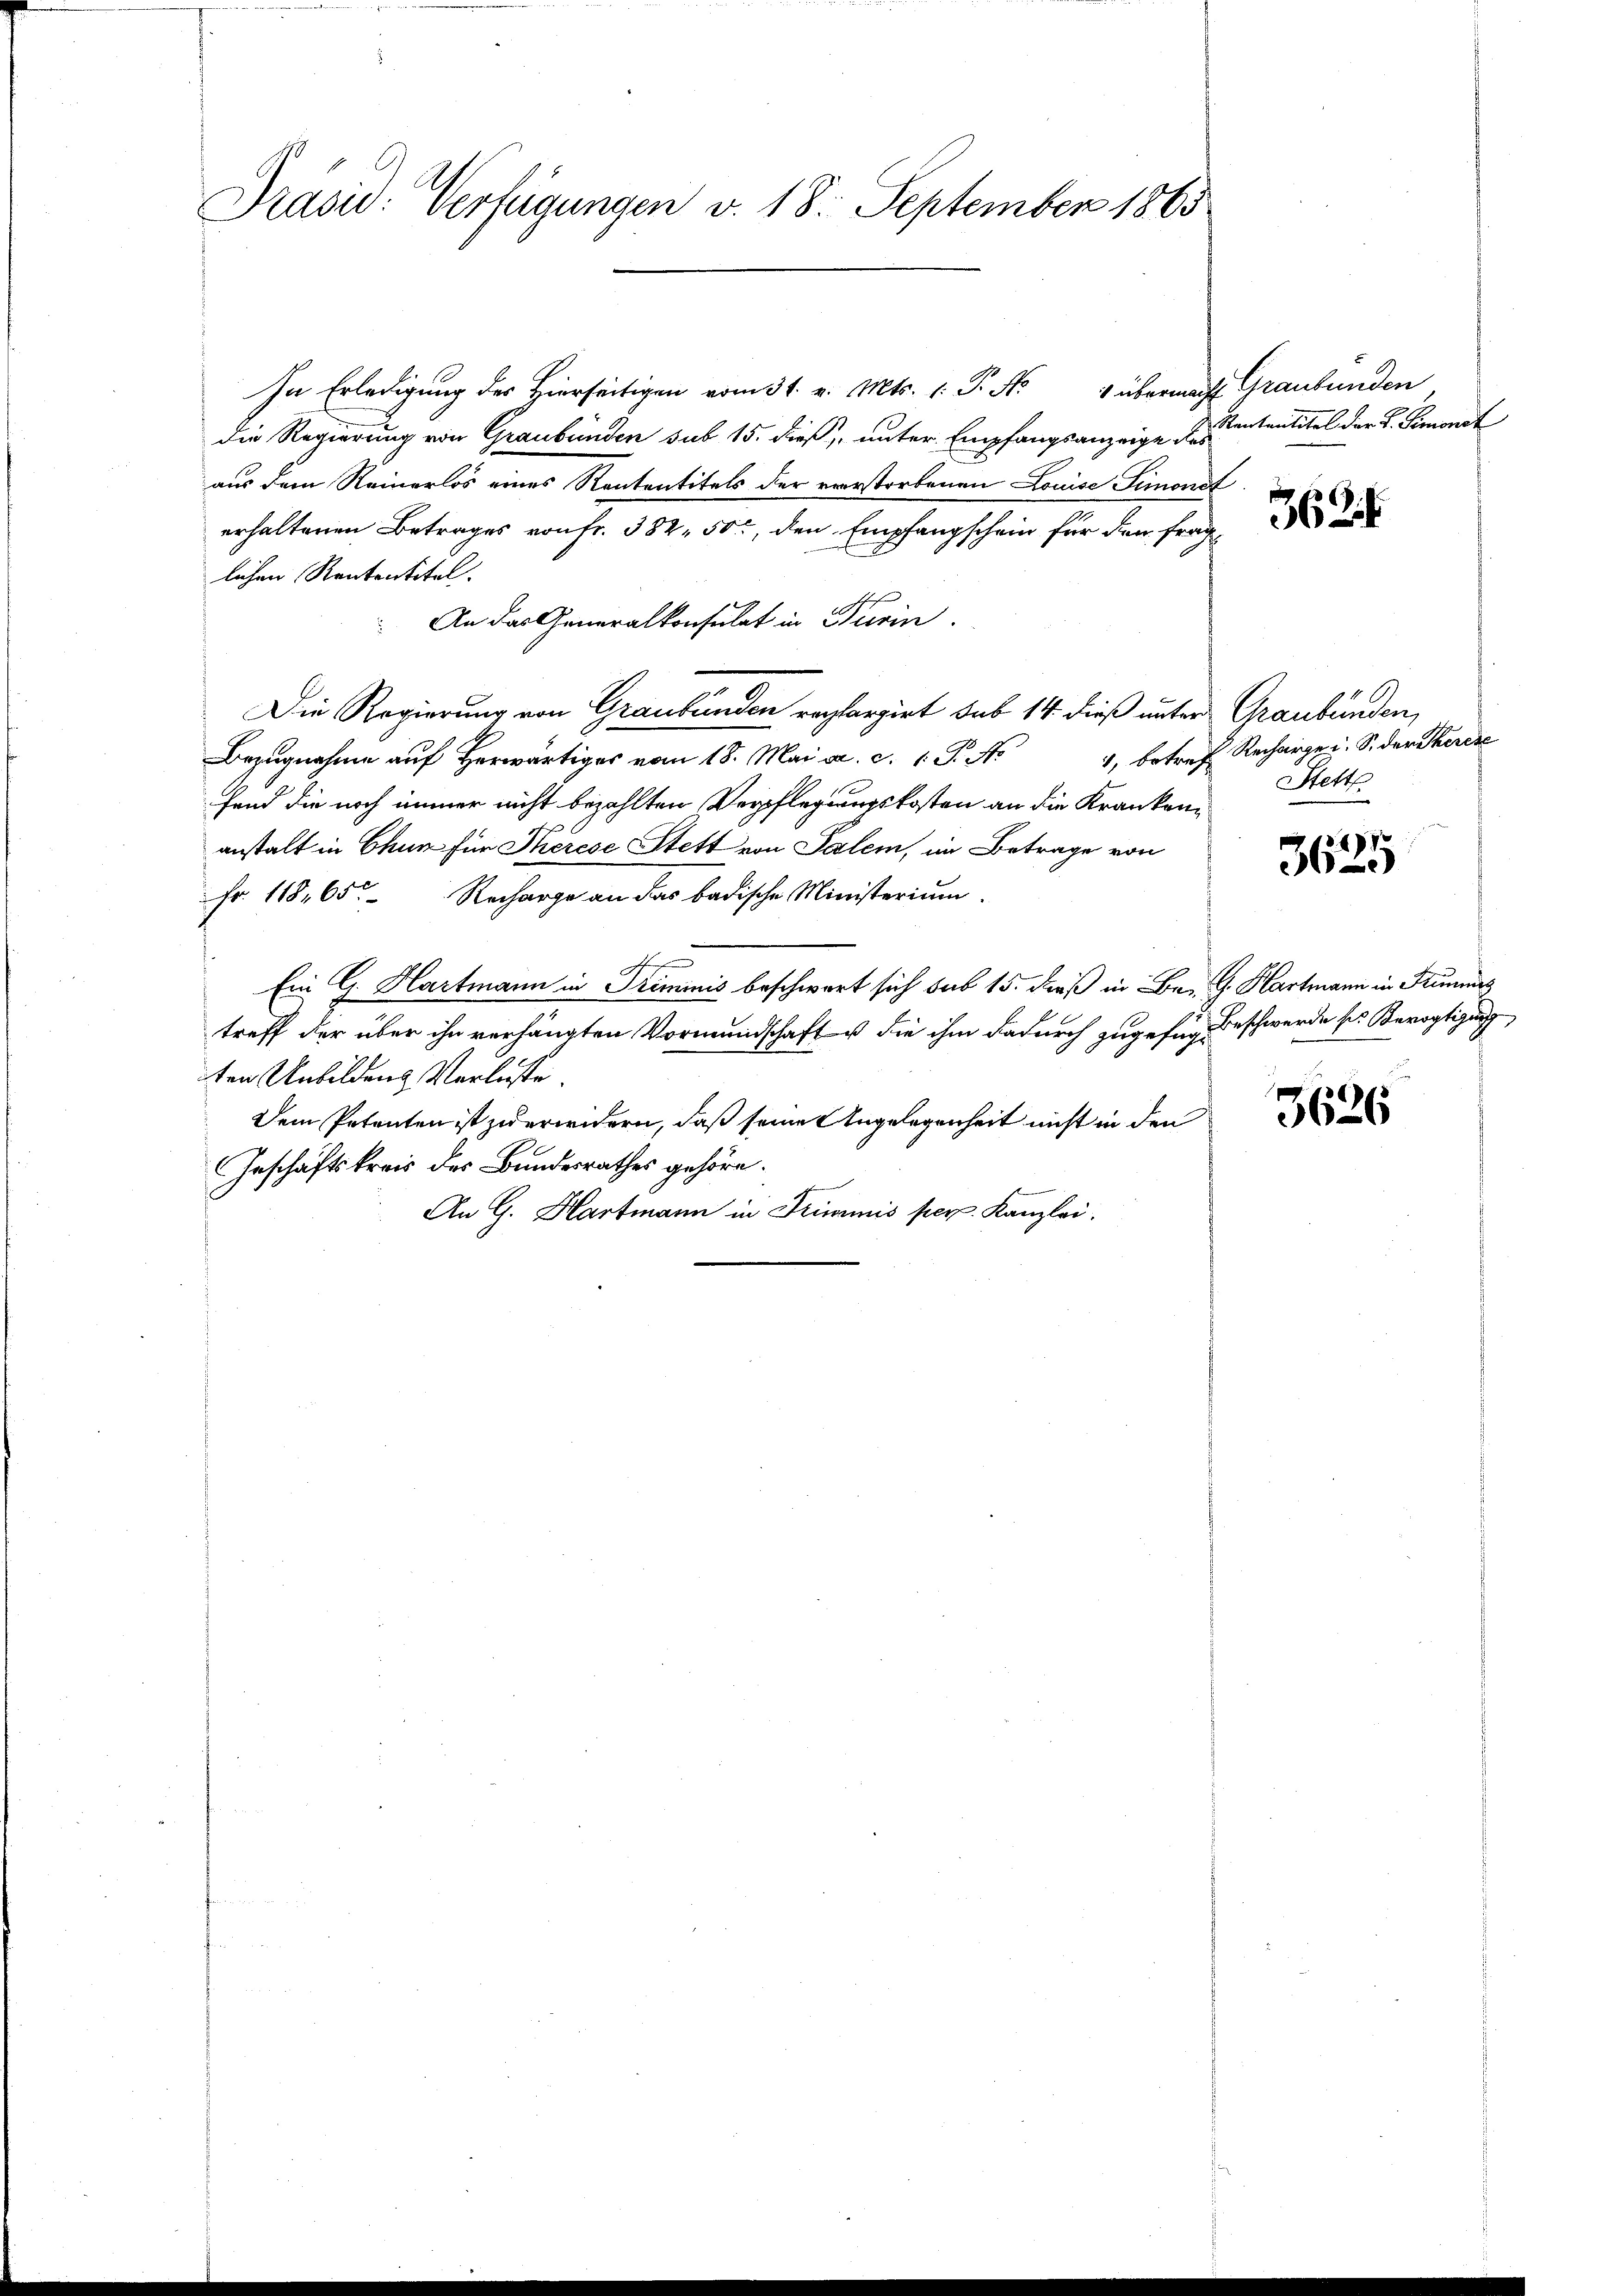
Präsid: Verfügungen v. 18. September 1865

In Erledigung des Hierseitigen vom 31. v. Mts. 1. P. Nr. 1 übermacht Graubünden
die Regierung von Graubünden sub 15. dieß, unter Empfangsanzeige des
aus dem Reinerlos eines Rententitels der verstorbenen Louise Simonat
erhaltenen Betrages von fr. 382. 50, den Empfangschein für den fraglichen Rententitel.
 An das Generalkonsulat in Turin
Die Regierung von Graubünden reclargirt sub 14 dieß unter Graubünden,
Bezugnahme auf herwärtiges vom 18. Mai a. c. 1. P. Nr.
1, betreff
fend die noch immer nicht bezahlten Verpflegungskosten an die Krankenanstalt in Chun für Therese Stett von Salem, im Betrage von
Fr. 118. 65. Recharge an das badische Ministerium.
Ein G. Hartmann in Triminis beschwart sich das 15. Daß in B. G. Hartmann in Stimmers
treff der über ihn verhängten Vormundschaft u die ihm dadurch zugefür Beschwerde ses Bevogtigung
ten Unbildens Verluste.
Dem Petenten ist zu erwidern, daß seine Angelegenheit nicht in den
Geschäftskreis des Bundesrathes gehöre.
An G. Hartmann in Trimmis per. Kanzlei.

Rentantitel der L. Demonat

362.

Recharge u. S. der Theres
Stett

3625

3626